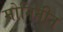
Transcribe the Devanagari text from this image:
मोनिनीन